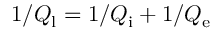
1 / Q _ { \mathrm { l } } = 1 / Q _ { \mathrm { i } } + 1 / Q _ { \mathrm { e } }